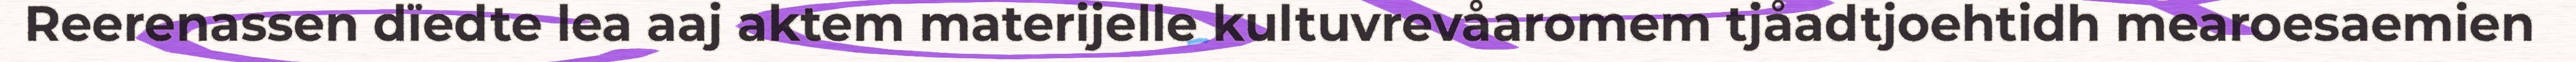
Reerenassen dïedte lea aaj aktem materijelle kultuvrevåaromem tjåadtjoehtidh mearoesaemien